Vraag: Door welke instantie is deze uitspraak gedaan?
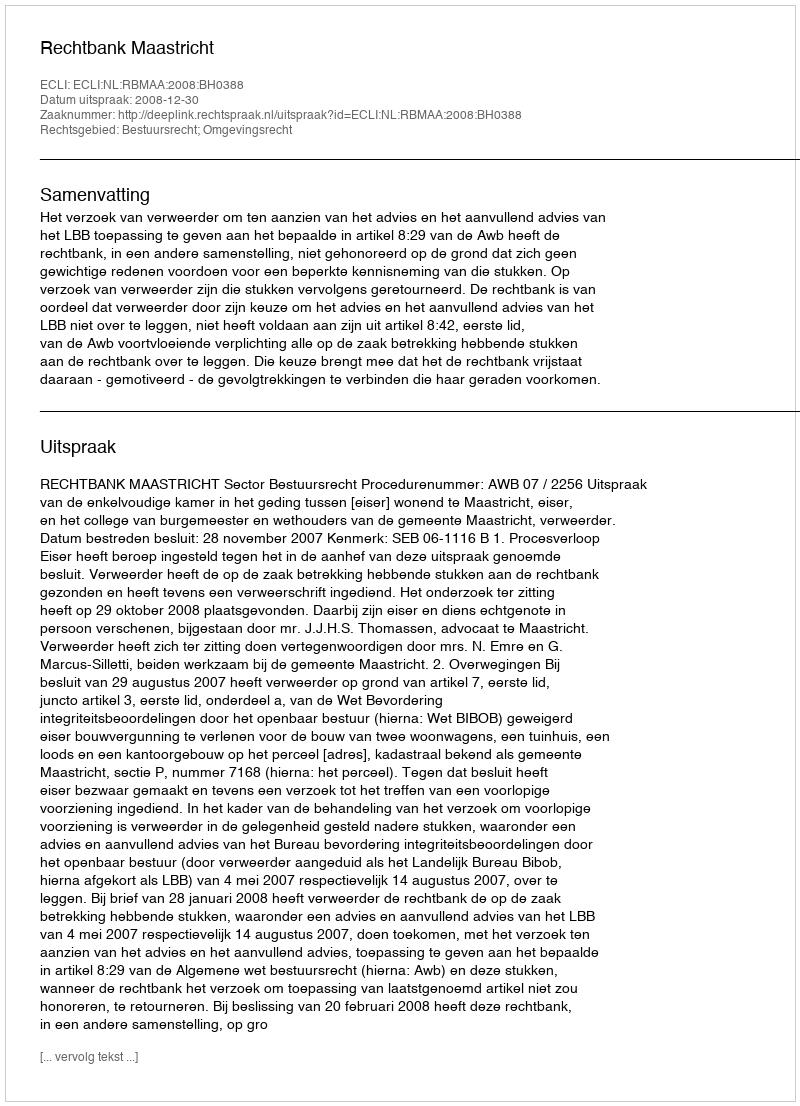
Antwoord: Rechtbank Maastricht